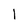
Character: I